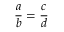
{ \frac { a } { b } } = { \frac { c } { d } }